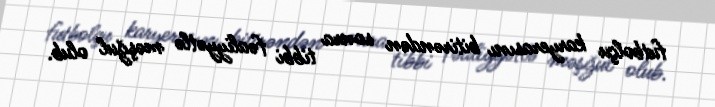
futbolçu karyerasını bitirəndən sonra tibbi fəaliyyətlə məşğul olub.